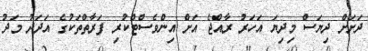
ދަށަށް ދިޔަސް މިދިޔަ އަހަރު ރާއްޖެ އަށް އިންވެސްޓްކުރި ފަރާތްތަކުގެ އަދަދު މަދު